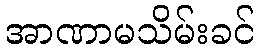
အာဏာမသိမ်းခင်